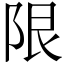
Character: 限